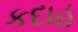
કદાહ